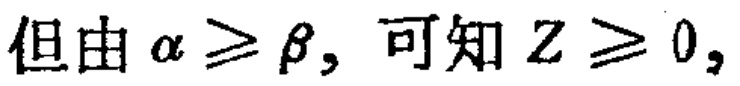
但由 $\alpha \geqslant \beta$, 可知 $Z \geqslant 0$,